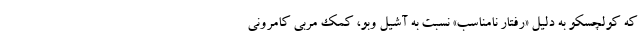
که کولچسکو به دلیل «رفتار نامناسب» نسبت به آشیل وِبو، کمک مربی کامرونی